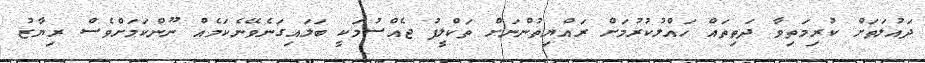
ދައުލަތަށް ކުރިމަތިވާ ދަތިތައް ހައްލުކުރުމަށް ރައްޔިތުންނަށް ތަކްލީފު ޖެއްސުމަކީ ބަލައިގަނެވޭނެކަމެއް ނޫންކަމަށްވެސް ރިޔާޒު